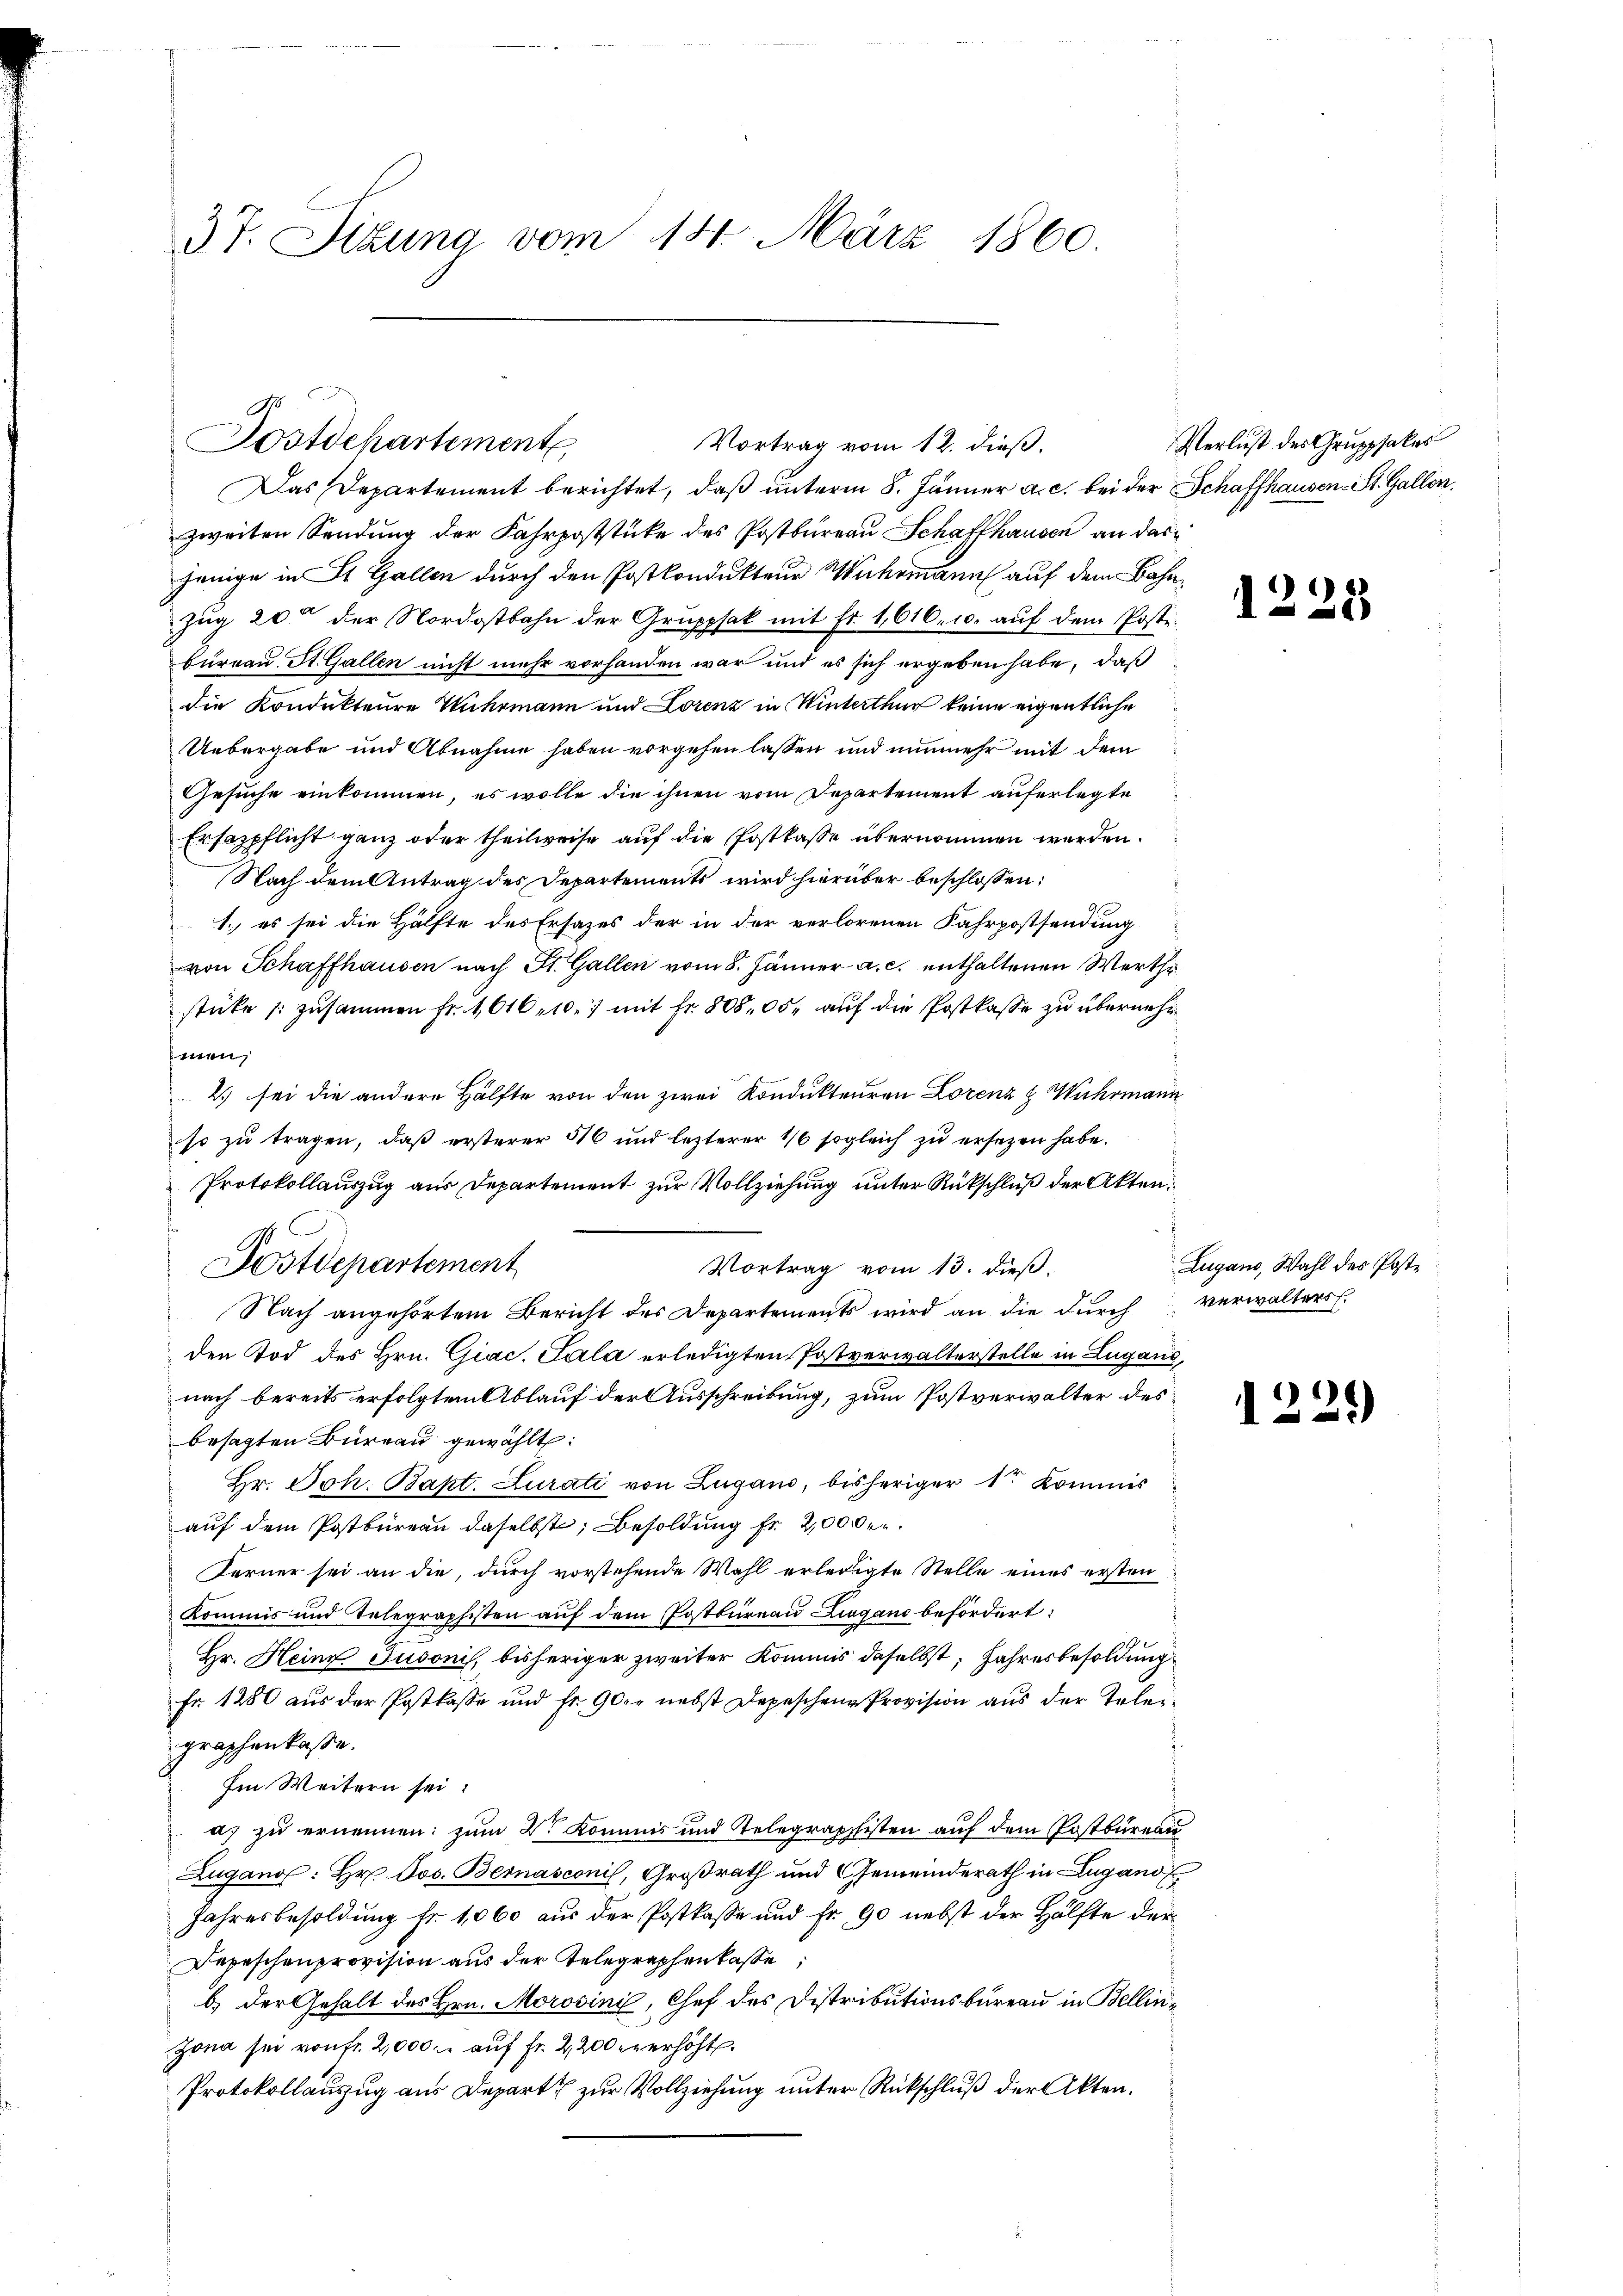
37. Sitzung vom 14. März 1860.

Fostdepartement

Dostdepartement

Das Departement berichtet, daß unterm 8. Jänner a. c. bei der Schaffhausen-St. Gallen.
zweiten Sendung der Fahrpoststücke des Postbureau Schaffhausen an dasjenige in St. Gallen durch den Postkondukteur Michemann auf dem Bahn¬
Zug 20 der Nordostbahn der Gruppsak mit Fr. 1,616, u. auf dem Postebureau. St. Gallen nicht mehr vorhanden war und es sich ergeben habe, daß
die Kondukteure Wuhrmann und Lorenz in Winterthur keine eigentliche
Uebergabe und Abnahme haben vorgehen lassen und nunmehr mit dem
Gesuche einkommen, es wolle die ihnen vom Departement auferlegte
Ersazpflicht ganz oder theilweise auf die Postkasse übernommen werden.
Nach dem Antrag des Departements wird hierüber beschlossen:
1. es sei die Hälfte des Ersazes der in der verlorenen Fahrpostsendung
von Schaffhausen nach St. Gallen vom 8. Jänner a. c. enthaltenen Werthistüke zusammen fr. 1010 et mit Fr. 808, 00. auf die Postkasse zu übermehr
fenen
2) sei die andere Hälfte von den zwei Kondukteuren Lorenz & Wuhrmann
so zu tragen, daß ersterer 516 und letzterer 1/6 sogleich zu ersezen habe.
Protokollauszug aus Departement zur Vollziehung unter Rückschluß der Akten¬
Vortrag vom 13. dieß.
Nach angehörtem Bericht des Departements wird an die durch verwalters
den Tod des Hrn. Giac. Sala erledigten Postverwalterstelle in Lugano,
nach bereits erfolgtem Ablauf der Ausschreibung, zum Postverwalter des
besagten Büreau gewählt:
Hr. Joh. Bapt. Zurati von Zugano, bisheriger 1. Kommis
auf dem Postbureau daselbst, Besoldung fr. 200 Fr.
Ferner sei an die, durch vorstehende Wahl erledigte Stelle eines ersten
kommis und Telegraphisten aŭf dem Postbüreau Ligano befördert:
Hr. Heine Jusonis, bisheriger zweiter Kommis daselbst, Jahresbesoldung
Fr. 1280 aus der Postkasse und fr. 90. nebst Depeschene Provision aus der Teleigraphenkasse.
Im Weitern sei.
a) zu ernennen: zum Dr. Kommis und Telegraphisten auf dem Postbureau
Zugand: Hr. Jos. Bernasconis, Großrath und Gemeinderath in Lugano
Jahresbesoldung fr. 1060 aus der Postkasse und fr, 90 nebst der Hälfte der
Depeschenprovision aus der Telegraphenlasse,
b) der Gehalt des Hrn. Morosini, Chef des Distributionsbureau in Bellin¬
Jona sei von fr. 2,000. auf Fr. 2,200 erhöht.
Protokollauszug aus Depart zur Vollziehung unter Rückschluß der Akten.

Vortrag vom 12. dieß,

Verlust des Grupphakes

1228

Zugano, Wahl des Post¬

d

22.)